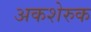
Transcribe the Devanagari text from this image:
अकशेरुक